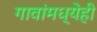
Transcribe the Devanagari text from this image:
गावांमध्येही